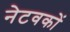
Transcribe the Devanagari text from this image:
नेटवकों